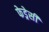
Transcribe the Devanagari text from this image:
फेड्रेसी